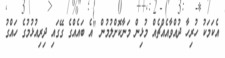
އެކަމަކު ހުރިހާ ދުއްވާއެއްޗެއް މުޅިން މަނާކޮށްލުމުން "އެ ބައެއްގެ ގޭގައި ދިރިއުޅުމުގެ ހައްގު